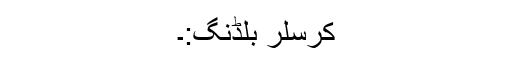
کرسلر بلڈنگ:۔